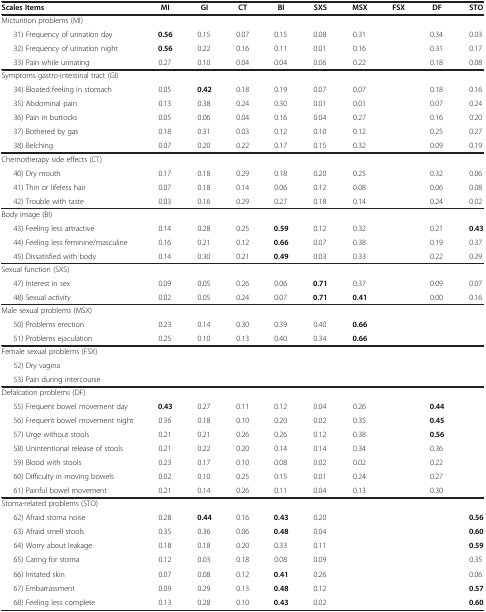
<table><thead><tr><td><b>Scales Items</b></td><td><b>MI</b></td><td><b>GI</b></td><td><b>CT</b></td><td><b>BI</b></td><td><b>SXS</b></td><td><b>MSX</b></td><td><b>FSX</b></td><td><b>DF</b></td><td><b>STO</b></td></tr></thead><tbody><tr><td>Micturition problems (MI)</td><td> </td><td> </td><td> </td><td> </td><td> </td><td> </td><td rowspan="3"> </td><td> </td><td> </td></tr><tr><td>31) Frequency of urination day</td><td><b>0.56</b></td><td>0.15</td><td>0.07</td><td>0.15</td><td>0.08</td><td>0.31</td><td>0.34</td><td>0.03</td></tr><tr><td>32) Frequency of urination night</td><td><b>0.56</b></td><td>0.22</td><td>0.16</td><td>0.11</td><td>0.01</td><td>0.16</td><td>0.31</td><td>0.17</td></tr><tr><td>33) Pain while urinating</td><td>0.27</td><td>0.10</td><td>0.04</td><td>0.04</td><td>0.06</td><td>0.22</td><td> </td><td>0.18</td><td>0.08</td></tr><tr><td>Symptoms gastro-intestinal tract (GI)</td><td> </td><td> </td><td> </td><td> </td><td> </td><td> </td><td rowspan="5"> </td><td> </td><td> </td></tr><tr><td>34) Bloated feeling in stomach</td><td>0.05</td><td><b>0.42</b></td><td>0.18</td><td>0.19</td><td>0.07</td><td>0.07</td><td>0.18</td><td>0.16</td></tr><tr><td>35) Abdominal pain</td><td>0.13</td><td>0.38</td><td>0.24</td><td>0.30</td><td>0.01</td><td>0.01</td><td>0.07</td><td>0.24</td></tr><tr><td>36) Pain in buttocks</td><td>0.05</td><td>0.06</td><td>0.04</td><td>0.16</td><td>0.04</td><td>0.27</td><td>0.16</td><td>0.20</td></tr><tr><td>37) Bothered by gas</td><td>0.18</td><td>0.31</td><td>0.03</td><td>0.12</td><td>0.10</td><td>0.12</td><td>0.25</td><td>0.27</td></tr><tr><td>38) Belching</td><td>0.07</td><td>0.20</td><td>0.22</td><td>0.17</td><td>0.15</td><td>0.32</td><td> </td><td>0.09</td><td>0.19</td></tr><tr><td>Chemotherapy side effects (CT)</td><td> </td><td> </td><td> </td><td> </td><td> </td><td> </td><td rowspan="3"> </td><td> </td><td> </td></tr><tr><td>40) Dry mouth</td><td>0.17</td><td>0.18</td><td>0.29</td><td>0.18</td><td>0.20</td><td>0.25</td><td>0.32</td><td>0.06</td></tr><tr><td>41) Thin or lifeless hair</td><td>0.07</td><td>0.18</td><td>0.14</td><td>0.06</td><td>0.12</td><td>0.08</td><td>0.06</td><td>0.08</td></tr><tr><td>42) Trouble with taste</td><td>0.03</td><td>0.16</td><td>0.29</td><td>0.27</td><td>0.18</td><td>0.14</td><td> </td><td>0.24</td><td>0.02</td></tr><tr><td>Body image (BI)</td><td> </td><td> </td><td> </td><td> </td><td> </td><td> </td><td rowspan="3"> </td><td> </td><td> </td></tr><tr><td>43) Feeling less attractive</td><td>0.14</td><td>0.28</td><td>0.25</td><td><b>0.59</b></td><td>0.12</td><td>0.32</td><td>0.21</td><td><b>0.43</b></td></tr><tr><td>44) Feeling less feminine/masculine</td><td>0.16</td><td>0.21</td><td>0.12</td><td><b>0.66</b></td><td>0.07</td><td>0.38</td><td>0.19</td><td>0.37</td></tr><tr><td>45) Dissatisfied with body</td><td>0.14</td><td>0.30</td><td>0.21</td><td><b>0.49</b></td><td>0.03</td><td>0.33</td><td> </td><td>0.22</td><td>0.29</td></tr><tr><td>Sexual function (SXS)</td><td> </td><td> </td><td> </td><td> </td><td> </td><td> </td><td rowspan="2"> </td><td> </td><td> </td></tr><tr><td>47) Interest in sex</td><td>0.09</td><td>0.05</td><td>0.26</td><td>0.06</td><td><b>0.71</b></td><td>0.37</td><td>0.09</td><td>0.07</td></tr><tr><td>48) Sexual activity</td><td>0.02</td><td>0.05</td><td>0.24</td><td>0.07</td><td><b>0.71</b></td><td><b>0.41</b></td><td> </td><td>0.00</td><td>0.16</td></tr><tr><td>Male sexual problems (MSX)</td><td> </td><td> </td><td> </td><td> </td><td> </td><td> </td><td rowspan="2"> </td><td> </td><td> </td></tr><tr><td>50) Problems erection</td><td>0.23</td><td>0.14</td><td>0.30</td><td>0.39</td><td>0.40</td><td><b>0.66</b></td><td> </td><td> </td></tr><tr><td>51) Problems ejaculation</td><td>0.25</td><td>0.10</td><td>0.13</td><td>0.40</td><td>0.34</td><td><b>0.66</b></td><td> </td><td> </td><td> </td></tr><tr><td>Female sexual problems (FSX)</td><td> </td><td> </td><td> </td><td> </td><td> </td><td> </td><td rowspan="2"> </td><td> </td><td> </td></tr><tr><td>52) Dry vagina</td><td> </td><td> </td><td> </td><td> </td><td> </td><td> </td><td> </td><td> </td></tr><tr><td>53) Pain during intercourse</td><td> </td><td> </td><td> </td><td> </td><td> </td><td> </td><td> </td><td> </td><td> </td></tr><tr><td>Defalcation problems (DF)</td><td> </td><td> </td><td> </td><td> </td><td> </td><td> </td><td rowspan="7"> </td><td> </td><td> </td></tr><tr><td>55) Frequent bowel movement day</td><td><b>0.43</b></td><td>0.27</td><td>0.11</td><td>0.12</td><td>0.04</td><td>0.26</td><td><b>0.44</b></td><td> </td></tr><tr><td>56) Frequent bowel movement night</td><td>0.36</td><td>0.18</td><td>0.10</td><td>0.20</td><td>0.02</td><td>0.35</td><td><b>0.45</b></td><td> </td></tr><tr><td>57) Urge without stools</td><td>0.21</td><td>0.21</td><td>0.26</td><td>0.26</td><td>0.12</td><td>0.38</td><td><b>0.56</b></td><td> </td></tr><tr><td>58) Unintentional release of stools</td><td>0.21</td><td>0.22</td><td>0.20</td><td>0.14</td><td>0.14</td><td>0.34</td><td>0.36</td><td> </td></tr><tr><td>59) Blood with stools</td><td>0.23</td><td>0.17</td><td>0.10</td><td>0.08</td><td>0.02</td><td>0.02</td><td>0.22</td><td> </td></tr><tr><td>60) Difficulty in moving bowels</td><td>0.02</td><td>0.10</td><td>0.25</td><td>0.15</td><td>0.01</td><td>0.24</td><td>0.27</td><td> </td></tr><tr><td>61) Painful bowel movement</td><td>0.21</td><td>0.14</td><td>0.26</td><td>0.11</td><td>0.04</td><td>0.13</td><td> </td><td>0.30</td><td> </td></tr><tr><td>Stoma-related problems (STO)</td><td> </td><td> </td><td> </td><td> </td><td> </td><td> </td><td rowspan="7"> </td><td> </td><td> </td></tr><tr><td>62) Afraid stoma noise</td><td>0.28</td><td><b>0.44</b></td><td>0.16</td><td><b>0.43</b></td><td>0.20</td><td> </td><td> </td><td><b>0.56</b></td></tr><tr><td>63) Afraid smell stools</td><td>0.35</td><td>0.36</td><td>0.06</td><td><b>0.48</b></td><td>0.04</td><td> </td><td> </td><td><b>0.60</b></td></tr><tr><td>64) Worry about leakage</td><td>0.18</td><td>0.18</td><td>0.20</td><td>0.33</td><td>0.11</td><td> </td><td> </td><td><b>0.59</b></td></tr><tr><td>65) Caring for stoma</td><td>0.12</td><td>0.03</td><td>0.18</td><td>0.08</td><td>0.09</td><td> </td><td> </td><td>0.35</td></tr><tr><td>66) Irritated skin</td><td>0.07</td><td>0.08</td><td>0.12</td><td><b>0.41</b></td><td>0.26</td><td> </td><td> </td><td>0.06</td></tr><tr><td>67) Embarrassment</td><td>0.09</td><td>0.29</td><td>0.13</td><td><b>0.48</b></td><td>0.12</td><td> </td><td> </td><td><b>0.57</b></td></tr><tr><td>68) Feeling less complete</td><td>0.13</td><td>0.28</td><td>0.10</td><td><b>0.43</b></td><td>0.02</td><td> </td><td> </td><td> </td><td><b>0.60</b></td></tr></tbody></table>